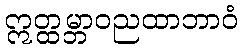
ဣတ္ထမ္ဘာဝညထာဘာဝံ